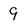
Character: 9